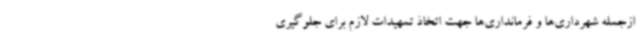
ازجمله شهرداری‌ها و فرمانداری‌ها جهت اتخاذ تمهیدات لازم برای جلوگیری